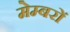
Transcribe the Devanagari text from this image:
मेम्बरों